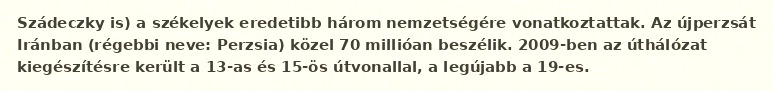
Szádeczky is) a székelyek eredetibb három nemzetségére vonatkoztattak. Az újperzsát Iránban (régebbi neve: Perzsia) közel 70 millióan beszélik. 2009-ben az úthálózat kiegészítésre került a 13-as és 15-ös útvonallal, a legújabb a 19-es.